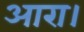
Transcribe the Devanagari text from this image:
आरा।